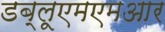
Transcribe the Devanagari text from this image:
डब्लूएमएमआर